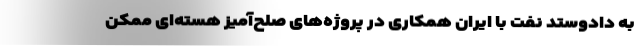
به دادوستد نفت با ایران همکاری در پروژه‌های صلح‌آمیز هسته‌ای ممکن